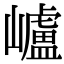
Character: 㠠